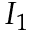
I _ { 1 }